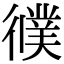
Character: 𢖃